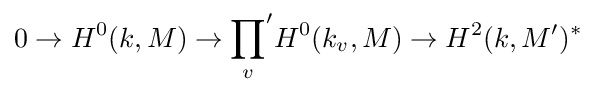
0\rightarrow H^{0}(k,M)\rightarrow {\prod _{v}}'H^{0}(k_{v},M)\rightarrow H^{2}(k,M')^{*}